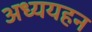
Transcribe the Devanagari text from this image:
अध्ययहन